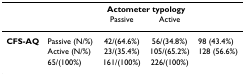
<table><thead><tr><td></td><td></td><td colspan="2"><b>Actometer typology</b></td><td></td></tr><tr><td></td><td></td><td><b>Passive</b></td><td><b>Active</b></td><td></td></tr></thead><tbody><tr><td><b>CFS-AQ</b></td><td>Passive (N/%)</td><td>42/(64.6%)</td><td>56/(34.8%)</td><td>98 (43.4%)</td></tr><tr><td></td><td>Active (N/%)</td><td>23/(35.4%)</td><td>105/(65.2%)</td><td>128 (56.6%)</td></tr><tr><td></td><td>65/(100%)</td><td>161/(100%)</td><td>226/(100%)</td><td></td></tr></tbody></table>